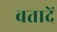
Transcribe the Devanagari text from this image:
बतादें